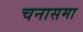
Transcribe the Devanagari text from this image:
चनासमा